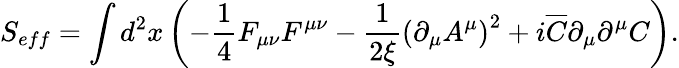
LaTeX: S_{eff}=\int{d^{2}x\left({-\frac{1}{4}F_{\mu\nu}F^{\mu\nu}-\frac{1}{{2\xi}}\left({\partial_{\mu}A^{\mu}}\right)^{2}+i\overline{{C}}\partial_{\mu}\partial^{\mu}C}\right)}.